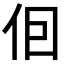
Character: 𪜭